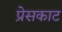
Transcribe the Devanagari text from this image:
प्रेसकाट